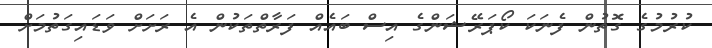
ކުރުމުގެ ގޮތުން ފެނަކަ ކޯޕަރޭޝަންގެ އިސް ބައެއް ފަރާތްތަކުން އެ ރަށަށް ވަޑައިގަތުމަށް